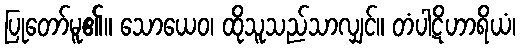
ပြုတော်မူ၏။ သောယေဝ၊ ထိုသူသည်သာလျှင်။ တံပါဋိဟာရိယံ၊